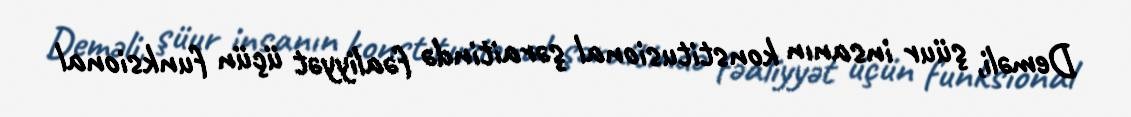
Deməli, şüur insanın konstitusional şəraitində fəaliyyət üçün funksional